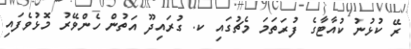
ރޭ ކުޅުނު ކުއާޓާގެ ފުރަތަމަ މެޗުގައި ކ. ގުރައިދޫ އަތުން ހެންވޭރު މޮޅުވެފައި